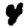
Digit: 4